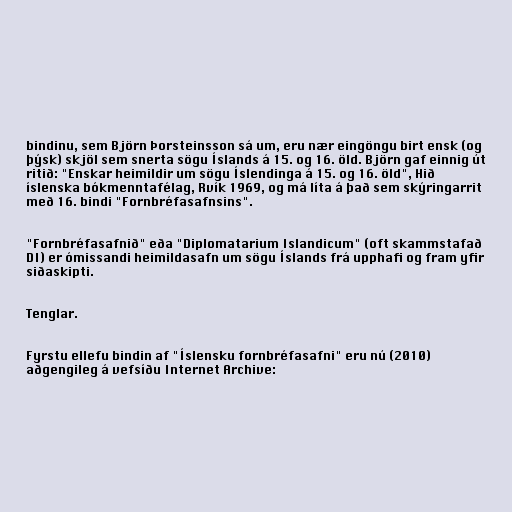
bindinu, sem Björn Þorsteinsson sá um, eru nær eingöngu birt ensk (og
þýsk) skjöl sem snerta sögu Íslands á 15. og 16. öld. Björn gaf einnig út
ritið: "Enskar heimildir um sögu Íslendinga á 15. og 16. öld", Hið
íslenska bókmenntafélag, Rvík 1969, og má líta á það sem skýringarrit
með 16. bindi "Fornbréfasafnsins".

"Fornbréfasafnið" eða "Diplomatarium Islandicum" (oft skammstafað
DI) er ómissandi heimildasafn um sögu Íslands frá upphafi og fram yfir
siðaskipti.

Tenglar.

Fyrstu ellefu bindin af "Íslensku fornbréfasafni" eru nú (2010)
aðgengileg á vefsíðu Internet Archive: